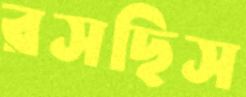
রসছিস